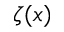
\zeta ( x )